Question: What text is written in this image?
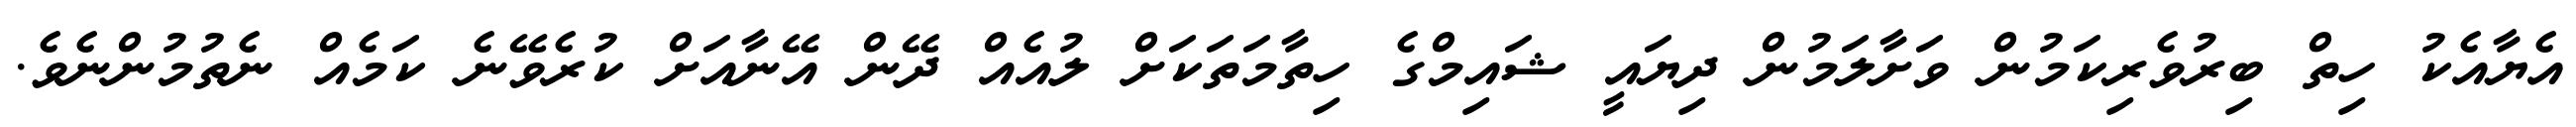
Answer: އެޔާއެކު ހިތް ބިރުވެރިކަމުން ވަށާލަމުން ދިޔައީ ޝައިމްގެ ހިތާމަތަކަށް ލުއެއް ދޭން އޭނާއަށް ކުރެވޭނެ ކަމެއް ނެތުމުންނެވެ.